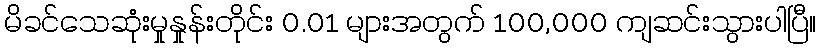
မိခင်သေဆုံးမှုနှုန်းတိုင်း 0.01 များအတွက် 100,000 ကျဆင်းသွားပါပြီ။